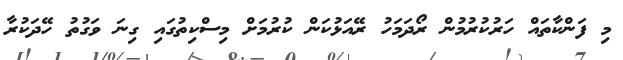
މި ފަންކާތައް ހަރުކުރުމުން ރޯދަމަހު ރޭއަޅުކަން ކުރުމަށް މިސްކިތުގައި ގިނަ ވަގުތު ހޭދަކުރާ